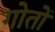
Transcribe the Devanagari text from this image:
गोतों